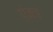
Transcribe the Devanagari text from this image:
एंका